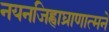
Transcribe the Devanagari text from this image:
नयनजिह्वाघ्राणात्मने